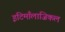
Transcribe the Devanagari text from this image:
इटिमाँलाजिकल